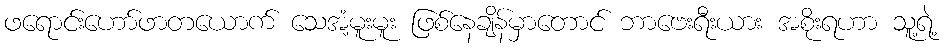
ဖရောင်းဟော်ဖာတယောက် သေအံ့မူးမူး ဖြစ်နေချိန်မှာတောင် ဘာဗေးရီးယား အစိုးရဟာ သူ့ရဲ့